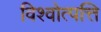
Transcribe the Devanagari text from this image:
विश्वोत्पत्ति